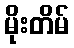
မိုးတိမ်